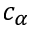
c _ { \alpha }